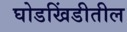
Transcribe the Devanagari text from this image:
घोडखिंडीतील